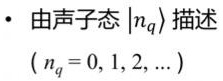
- 由声子态 $|n_q\rangle$ 描述
$(n_q = 0, 1, 2, \ldots)$